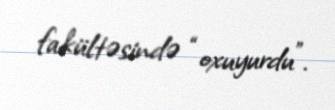
fakültəsində “oxuyurdu”.